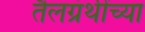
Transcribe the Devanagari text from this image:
तैलग्रंथींच्या